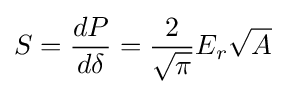
S={dP \over d\delta }={\frac {2}{\sqrt {\pi }}}E_{r}{\sqrt {A}}